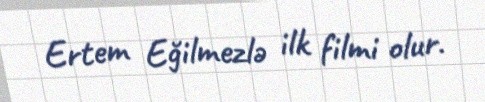
Ertem Eğilmezlə ilk filmi olur.